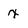
Character: x